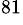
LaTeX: ^{81}